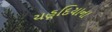
યહૂદિયાના